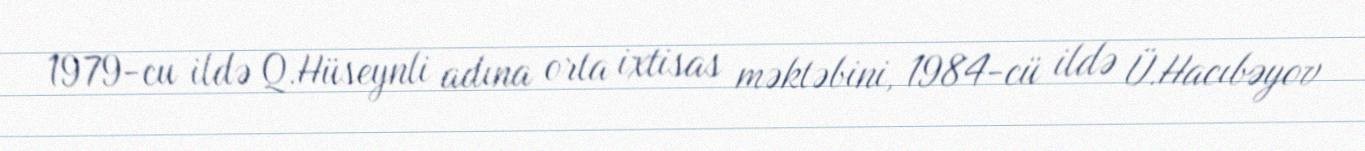
1979-cu ildə Q.Hüseynli adına orta ixtisas məktəbini, 1984-cü ildə Ü.Hacıbəyov